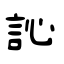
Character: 訫